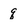
Character: q